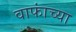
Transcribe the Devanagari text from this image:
वाफांच्या